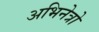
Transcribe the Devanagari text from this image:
अभिनेत्रो